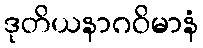
ဒုတိယနာဂဝိမာနံ